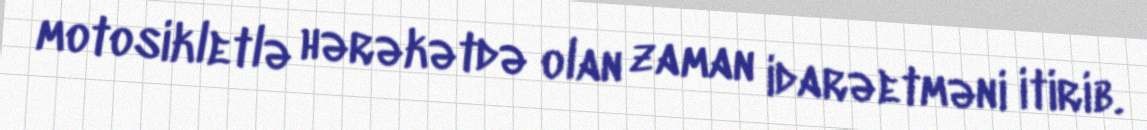
motosikletlə hərəkətdə olan zaman idarəetməni itirib.